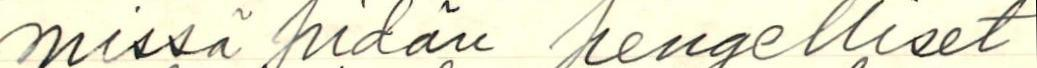
missä pidän hengelliset